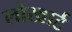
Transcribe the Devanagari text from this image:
लोखार्ट